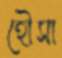
হৌসা